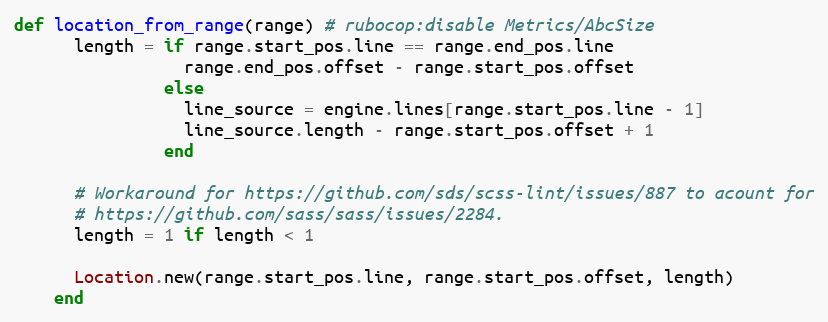
Language: Ruby
def location_from_range(range) # rubocop:disable Metrics/AbcSize
      length = if range.start_pos.line == range.end_pos.line
                 range.end_pos.offset - range.start_pos.offset
               else
                 line_source = engine.lines[range.start_pos.line - 1]
                 line_source.length - range.start_pos.offset + 1
               end

      # Workaround for https://github.com/sds/scss-lint/issues/887 to acount for
      # https://github.com/sass/sass/issues/2284.
      length = 1 if length < 1

      Location.new(range.start_pos.line, range.start_pos.offset, length)
    end